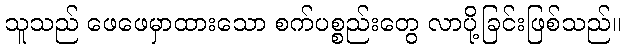
သူသည် ဖေဖေမှာထားသော စက်ပစ္စည်းတွေ လာပို့ခြင်းဖြစ်သည်။